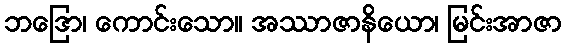
ဘဒြော၊ ကောင်းသော။ အဿာဇာနိယော၊ မြင်းအာဇာ